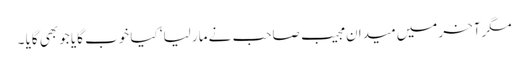
مگرآخر میں میدان مجیب صاحب نے مار لیا‘ کیا خوب گایا جو بھی گایا ۔